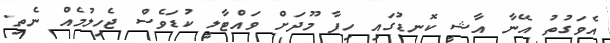
އެވަގުތު އޭނާ އާޝީ ކޮނޑުގައި ހިފާ މޫދަށް ވައްޓާލީ ކުޑަވެސް ޖެހިލުމެއް ނެތި.